Report on vaccination in Madras 1895-1903 - 1895-1903
Year: 1895
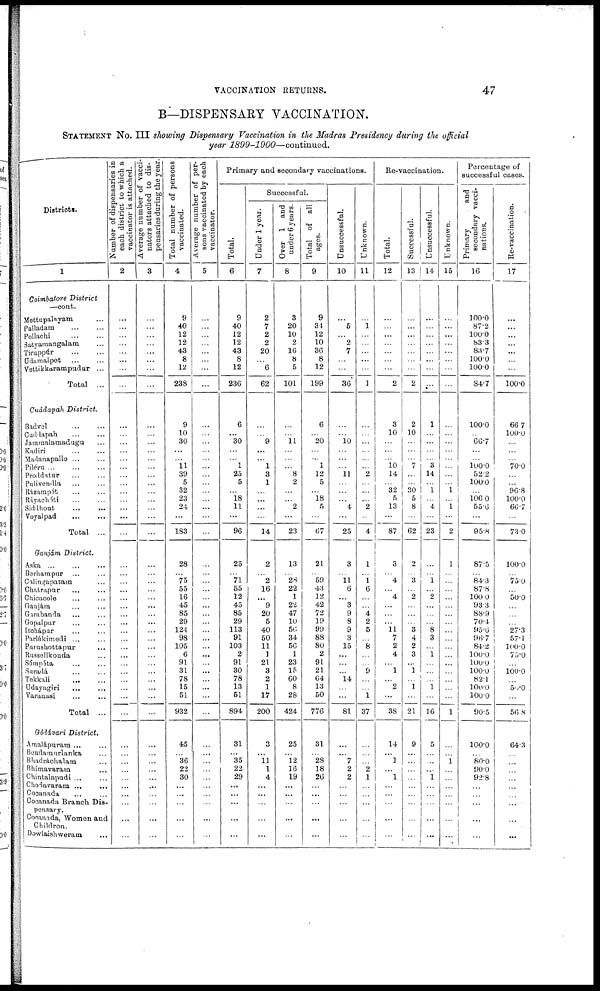
VACCINATION RETURNS.
47
B—DISPENSARY VACCINATION.
STATEMENT No. III showing Dispensary Vaccination in the Madras Presidency during the official
year
1899-1900—continued.
Districts.
1
Coimbatore District
—cont.
Mettupalayam ...
Palladam
...
...
Pollachi
...
...
Satyamangalam ...
Tiruppúr
...
...
Udamalpet ... ...
Vettikkarampudur ...
Total ...
Cuddapah District.
Badvel ... ... ...
Cuddapah
...
...
Jammalamadagu ...
Kadiri ... ...
Madanapalle ... ...
Piléru ... ... ...
Proddatur ... ...
Pulivendla ... ...
Rázampét ... ...
Ráyachóti ... ...
Siddhout ... ...
Voyalpad ... ...
Total ...
Ganjám District.
Aska ... ... ...
Barhampur ... ...
Calingapatam ...
Chatrapur
... ...
Chicacole ... ...
Ganjám ... ...
Garabanda ... ...
Gopalpur ... ...
Itohápur ... ...
Parlákimedi ... ...
Parushottapur ...
Russellkonda ...
Sómpéta ... ...
Suradá ... ...
Tekkali
...
...
Udayagiri ... ...
Varanasi ... ...
Total ...
Gódávari District.
Amalápuram ... ...
Bendamurlanka ...
Bhadráchalam ...
Bhímavaram ... ...
Chintalapudi ... ...
Chodavaram ...
...
Cocanada ... ...
Cocanada Branch Dis-
pensary.
Cocanada, Women and
Children.
Dowlaishweram ...
Number of dispensaries in
each district to which a
vaccinator is attached.
2
...
...
...
...
...
...
...
...
...
...
...
...
...
...
...
...
...
...
...
...
...
...
...
...
...
...
...
...
...
...
...
...
...
...
...
...
...
...
...
...
...
...
...
...
...
...
...
...
...
Average number of vacci-
nators attached to dis-
pensaries during the year.
3
...
...
...
...
...
...
...
...
...
...
...
...
...
...
...
...
...
...
...
...
...
...
...
...
...
...
...
...
...
...
...
...
...
...
...
...
...
...
...
...
...
...
...
...
...
...
...
...
...
Total number of persons
vaccinated.
4
9
40
12
12
43
8
12
238
9
10
30
...
...
11
39
5
32
23
24
...
183
28
...
75
55
16
45
85
29
124
98
105
6
91
31
78
15
51
932
45
...
36
22
30
...
...
...
...
...
Average number of per-
sons vaccinated by each
vaccinator.
5
...
...
...
...
...
...
...
...
...
...
...
...
...
...
...
...
...
...
...
...
...
...
...
...
...
...
...
...
...
...
...
...
...
...
...
...
...
...
...
...
...
...
...
...
...
...
...
...
...
Primary and secondary vaccinations.
Total.
6
9
40
12
12
43
8
12
236
6
...
30
...
...
1
25
5
...
18
11
...
96
25
...
71
55
12
45
85
29
113
91
103
2
91
30
78
13
51
894
31
...
35
22
29
...
...
...
...
...
Successful.
Under 1 year.
7
2
7
2
2
20
...
6
62
...
...
9
...
...
1
3
1
...
...
...
...
14
2
...
2
16
...
9
20
5
40
50
11
1
21
3
2
1
17
200
3
...
11
1
4
...
...
...
...
...
Over 1 and
under 6 years.
8
3
20
10
2
16
8
5
101
...
...
11
...
...
...
8
2
...
...
2
...
23
13
...
28
22
1
22
47
10
56
34
56
1
23
15
60
8
28
424
25
...
12
16
19
...
...
...
...
...
Total of all
ages.
9
9
34
12
10
36
8
12
199
6
...
20
...
...
1
12
5
...
18
5
...
67
21
...
59
43
12
42
72
19
99
88
80
2
91
21
64
13
50
776
31
...
28
18
26
...
...
...
...
...
Unsuccessful.
10
...
5
...
2
7
...
...
36
...
...
10
...
...
...
11
...
...
...
4
...
25
3
...
11
6
...
3
9
8
9
3
15
...
...
...
14
...
...
81
...
...
7
2
2
...
...
...
...
...
Unknown.
11
...
1
...
...
...
...
...
1
...
...
...
...
...
...
2
...
...
...
2
...
4
1
...
1
6
...
...
4
2
5
...
8
...
...
9
...
...
1
37
...
...
...
2
1
...
...
...
...
...
Re-vaccination.
Total.
12
...
...
...
...
...
...
...
2
3
10
...
...
...
10 14
...
32
5
13
...
87
3
...
4
...
4
...
...
...
11 7
2
4
...
1
...
2
...
38
14
...
1
...
1
...
...
...
...
...
Successful.
13
...
...
...
...
...
...
...
2
2
10
...
...
...
7
...
...
30
5
8
...
62
2
...
3
...
2
...
...
...
3
4
2
3
...
1
...
1
...
21
9
...
...
...
...
...
...
...
...
...
Unsuccessful.
14
...
...
...
...
...
...
...
...
1
...
...
...
...
3
14
...
1
...
4
...
23
...
...
1
...
2
...
...
...
8
3
...
1
...
...
...
1
...
16
5
...
...
...
1
...
...
...
...
...
Unknown.
15
...
...
...
...
...
...
...
...
...
...
...
...
...
...
...
...
1
...
1
...
2
1
...
...
...
...
...
...
...
...
...
...
...
...
...
...
...
...
1
...
...
1
...
...
...
...
...
...
...
Percentage of
successful cases.
Primary
and
secondary vacci-
nations.
16
100.0
87.2
100.0
83.3
83.7
100.0
100.0
84.7
100.0
...
66.7
...
...
100.0
52.2
100.0
...
100.0
55.6
...
95.8
87.5
...
84.3
87.8
100.0
93.3
88.9
70.4
95.6
96.7
84.2
100.0
100.0
100.0
82.1
100.0
100.0
90.5
100.0
...
80.0
90.0
92.8
...
...
...
...
...
Re-vaccination.
17
...
...
...
...
...
...
...
100.0
66.7
100.0
...
...
...
70.0
...
...
96.8
100.0
66.7
...
73.0
100.0
...
75.0
...
50.0
...
...
...
27.3
57.1
100.0
75.0
...
100.0
...
50.0
...
56.8
64.3
...
...
...
...
...
...
...
...
...